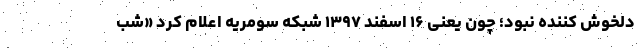
دلخوش کننده نبود؛ چون یعنی ۱۶ اسفند ۱۳۹۷ شبکه سومریه اعلام کرد «شب